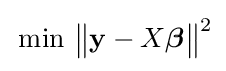
\operatorname {\,min} \,{\big \|}\mathbf {y} -X{\boldsymbol {\beta }}{\big \|}^{2}